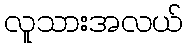
လူသားအလယ်